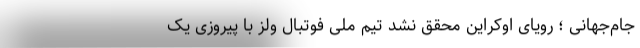
جام‌جهانی ؛ رویای اوکراین محقق نشد تیم ملی فوتبال ولز با پیروزی یک